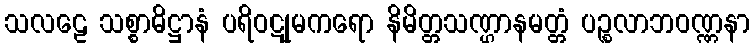
သလဠေ သစ္စာဓိဋ္ဌာနံ ပရိဝဋုမကရော နိမိတ္တသဏ္ဌာနမတ္တံ ပဉ္စလာဘဝဏ္ဏနာ